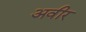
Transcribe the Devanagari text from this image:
अवीर